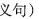
义句)